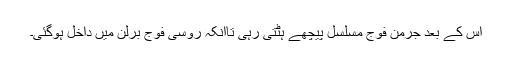
اس کے بعد جرمن فوج مسلسل پیچھے ہٹتی رہی تاآنکہ روسی فوج برلن میں داخل ہوگئی۔